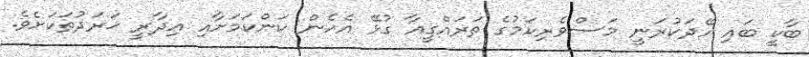
ބާކީ ބައި ހޭދަކުރަނީ މަސްވެރިކަމުގެ ތަރައްގީއާ ގުޅޭ އެހެން ކަންކަމަށާއި އިދާރީ ޚަރަދުތަކަށެވެ.